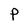
Character: p